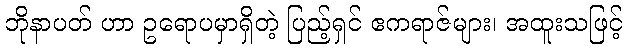
ဘိုနာပတ် ဟာ ဥရောပမှာရှိတဲ့ ပြည့်ရှင် ဧကရာဇ်များ၊ အထူးသဖြင့်